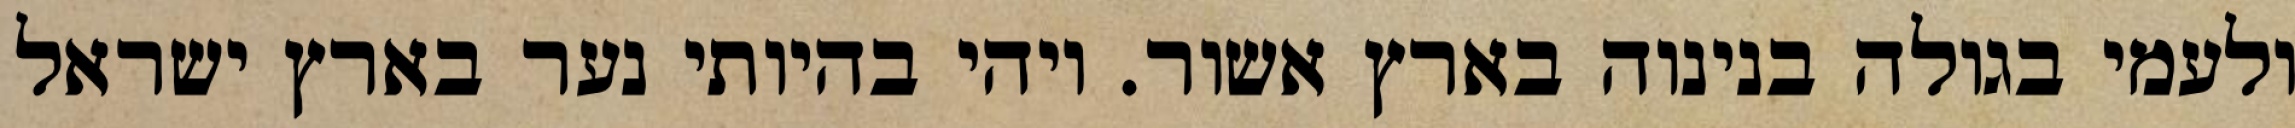
ולעמי בגולה בנינוה בארץ אשור. ויהי בהיותי נער בארץ ישראל